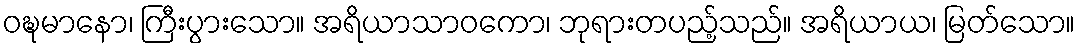
ဝဍ္ဎမာနော၊ ကြီးပွားသော။ အရိယာသာဝကော၊ ဘုရားတပည့်သည်။ အရိယာယ၊ မြတ်သော။